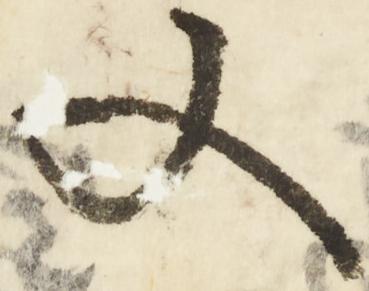
又